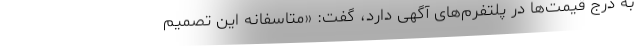
به درج قیمت‌ها در پلتفرم‌های آگهی دارد، گفت: «متاسفانه این تصمیم